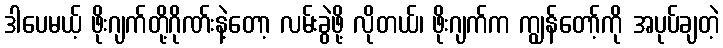
ဒါပေမယ့် ဖိုးဂျက်တို့ဂိုဏ်းနဲ့တော့ လမ်းခွဲဖို့ လိုတယ်၊ ဖိုးဂျက်က ကျွန်တော့်ကို အပုပ်ချတဲ့